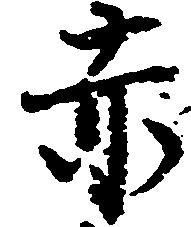
赤